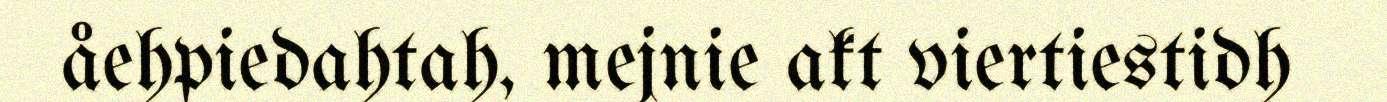
åehpiedahtah, mejnie akt viertiestidh